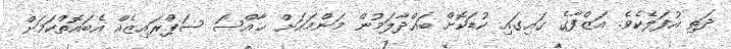
ދަތި އުފަލެކެވެ. އަޒްފާގެ ގައިގައި ކުޑަކޮށް ބައްދާލަމުން މަންމައަށް ޚާއްސަ ސަޕްރައިޒެއް އެބައޮތްކަމަށް